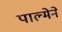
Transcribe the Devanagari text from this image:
पाल्मेने